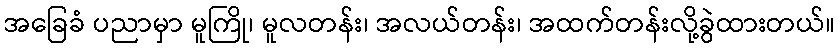
အခြေခံ ပညာမှာ မူကြို၊ မူလတန်း၊ အလယ်တန်း၊ အထက်တန်းလို့ခွဲထားတယ်။